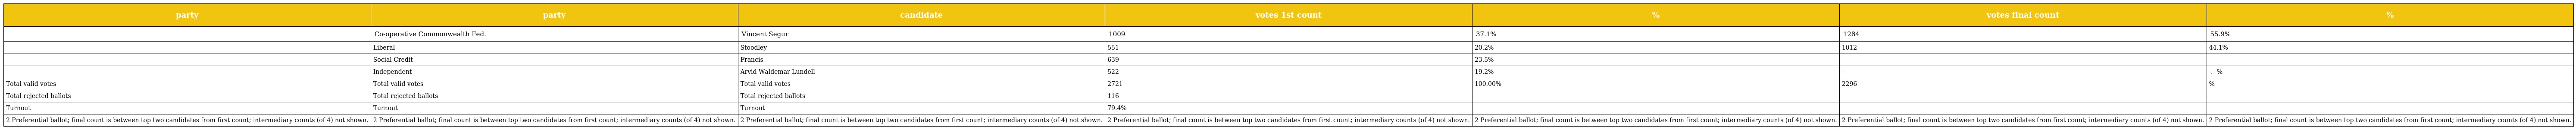
| party | party | candidate | votes 1st count | % | votes final count | % |
 | --- | --- | --- | --- | --- | --- | --- |
 |  | Co-operative Commonwealth Fed. | Vincent Segur | 1009 | 37.1% | 1284 | 55.9% |
 |  | Liberal | Stoodley | 551 | 20.2% | 1012 | 44.1% |
 |  | Social Credit | Francis | 639 | 23.5% |  |  |
 |  | Independent | Arvid Waldemar Lundell | 522 | 19.2% | - | -.- % |
 | Total valid votes | Total valid votes | Total valid votes | 2721 | 100.00% | 2296 | % |
 | Total rejected ballots | Total rejected ballots | Total rejected ballots | 116 |  |  |  |
 | Turnout | Turnout | Turnout | 79.4% |  |  |  |
 | 2 Preferential ballot; final count is between top two candidates from first count; intermediary counts (of 4) not shown. | 2 Preferential ballot; final count is between top two candidates from first count; intermediary counts (of 4) not shown. | 2 Preferential ballot; final count is between top two candidates from first count; intermediary counts (of 4) not shown. | 2 Preferential ballot; final count is between top two candidates from first count; intermediary counts (of 4) not shown. | 2 Preferential ballot; final count is between top two candidates from first count; intermediary counts (of 4) not shown. | 2 Preferential ballot; final count is between top two candidates from first count; intermediary counts (of 4) not shown. | 2 Preferential ballot; final count is between top two candidates from first count; intermediary counts (of 4) not shown. |